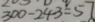
3 0 0 - 2 4 3 = 5 7